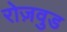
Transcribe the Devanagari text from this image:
रोज़वुड